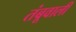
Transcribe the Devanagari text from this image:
तंबूवाली